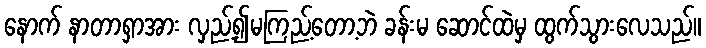
နောက် နာတာရှာအား လှည့်၍မကြည့်တော့ဘဲ ခန်းမ ဆောင်ထဲမှ ထွက်သွားလေသည်။